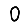
Digit: 0